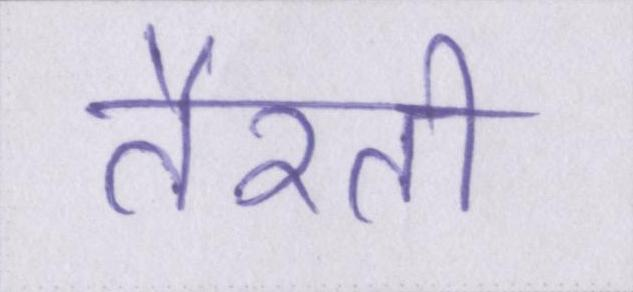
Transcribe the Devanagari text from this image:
तैरती